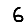
Digit: 6